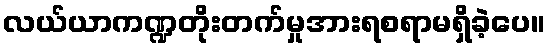
လယ်ယာကဏ္ဍတိုးတက်မှုအားရစရာမရှိခဲ့ပေ။